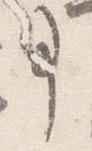
事